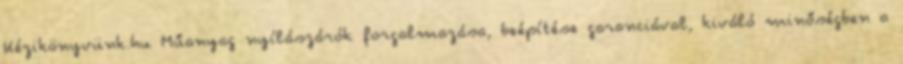
Kézikönyvünk.hu Műanyag nyílászárók forgalmazása, beépítése garanciával, kiváló minőségben a